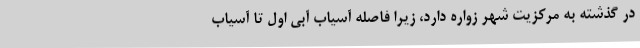
در گذشته به مرکزیت شهر زواره دارد، زیرا فاصله آسیاب آبی اول تا آسیاب